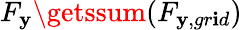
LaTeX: F_{\mathbf{y}}\getssum(F_{\mathbf{y},gr\mathbf{i}d})